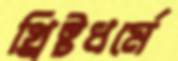
খ্রিষ্টধর্মে